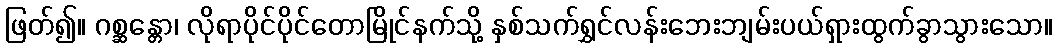
ဖြတ်၍။ ဂစ္ဆန္တော၊ လိုရာပိုင်ပိုင်တောမြိုင်နက်သို့ နှစ်သက်ရွှင်လန်းဘေးဘျမ်းပယ်ရှားထွက်ခွာသွားသော။